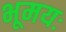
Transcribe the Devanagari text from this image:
भूमयः